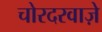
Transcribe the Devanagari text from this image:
चोरदरवाज़े